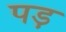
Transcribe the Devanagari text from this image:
पड़़